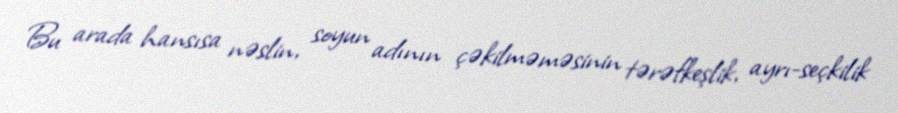
Bu arada hansısa nəslin, soyun adının çəkilməməsinin tərəfkeşlik, ayrı-seçkilik